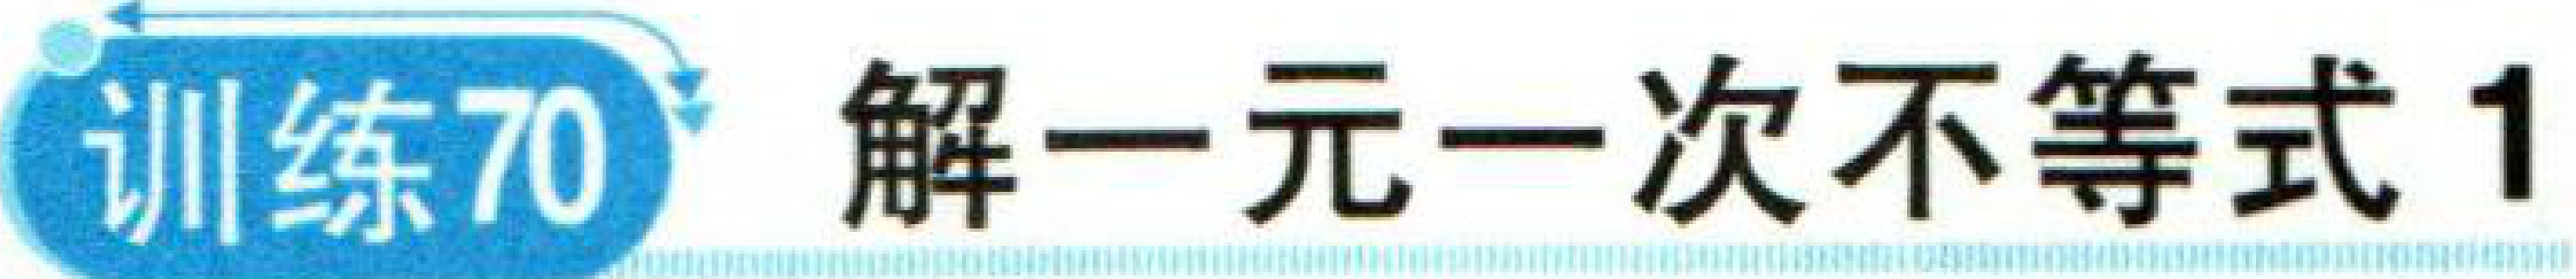
训练70 解一元一次不等式1